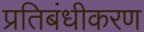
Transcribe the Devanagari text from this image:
प्रतिबंधीकरण